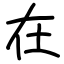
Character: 在